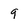
Character: q